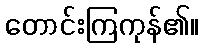
တောင်းကြကုန်၏။